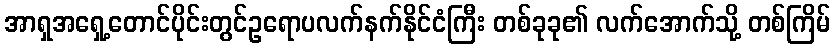
အာရှအရှေ့တောင်ပိုင်းတွင်ဥရောပလက်နက်နိုင်ငံကြီး တစ်ခုခု၏ လက်အောက်သို့ တစ်ကြိမ်